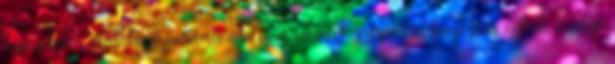
kapcsolatos eredményszemléletű adatokat tekintve szezonális kiigazítás nélkül a folyó